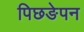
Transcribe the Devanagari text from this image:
पिछङेपन